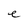
Character: e